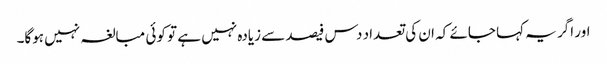
اور اگر یہ کہا جائے کہ ان کی تعداد دس فیصد سے زیادہ نہیں ہے تو کوئی مبالغہ نہیں ہوگا۔